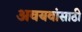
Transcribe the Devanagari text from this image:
अवयवांसाठी